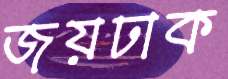
জয়ঢাক